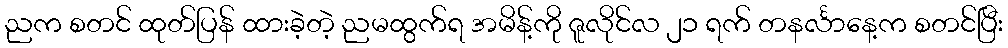
ညက စတင် ထုတ်ပြန် ထားခဲ့တဲ့ ညမထွက်ရ အမိန့်ကို ဇူလိုင်လ ၂၁ ရက် တနင်္လာနေ့က စတင်ပြီး